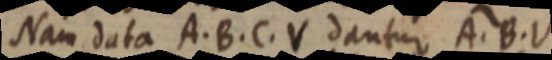
Nam data A. B. C. V dantur A. B. V